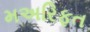
મઅરિફત